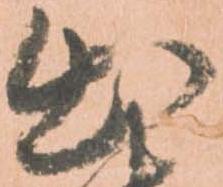
出